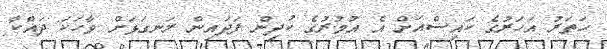
ހަތަރު އަހަރުގެ ކައިސްއަށް އެ އުމުރުގެ ކުދިން ފަދައިން ރަނގަޅަށް ވާހަކަ ދައްކާ